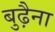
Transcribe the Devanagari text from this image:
बुढ़ैना